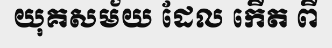
យុគសម័យ ដែល កើត ពី